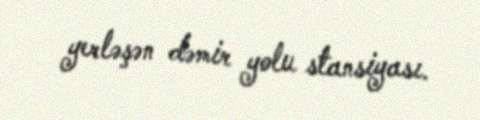
yerləşən dəmir yolu stansiyası.